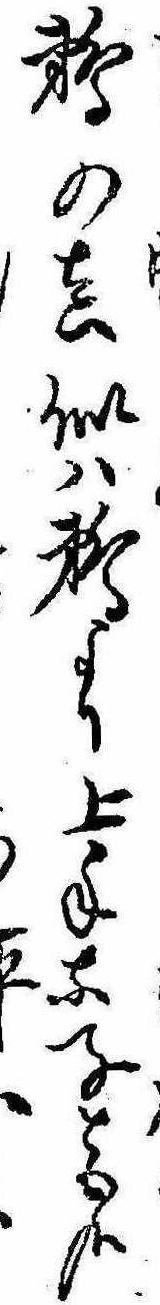
鵜の真似は鵜より上手な子とも哉